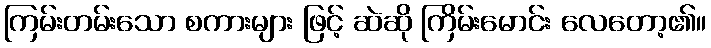
ကြမ်းတမ်းသော စကားများ ဖြင့် ဆဲဆို ကြိမ်းမောင်း လေတော့၏။